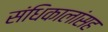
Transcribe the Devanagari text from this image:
संधिकालांसह